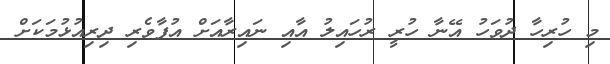
މި ހުރިހާ ދުވަހު އޭނާ ހުރީ ރުހައިލު އާއި ނައިރާއަށް އުފާވެރި ދިރިއުޅުމަކަށް